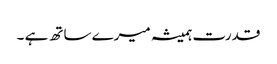
قدرت ہمیشہ میرے ساتھ ہے ۔